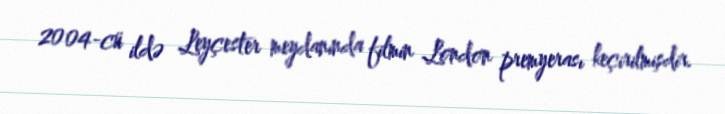
2004-cü ildə Leyçester meydanında filmin London premyerası keçirilmişdir.